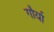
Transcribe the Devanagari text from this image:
गौर्या